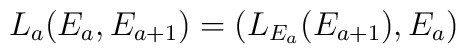
L_{a}(E_a,E_{a+1}) = (L_{E_{a}}(E_{a+1}),E_a)